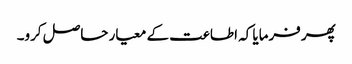
پھر فرمایا کہ اطاعت کے معیار حاصل کرو۔